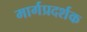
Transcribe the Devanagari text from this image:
मार्गप्रदर्शक